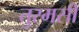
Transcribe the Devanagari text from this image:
तुरमसी